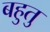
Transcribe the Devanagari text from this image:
बहुतु